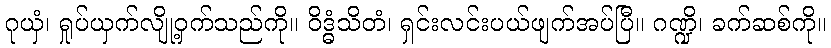
ဂုယှံ၊ ရှုပ်ယှက်လျို့ဝှက်သည်ကို။ ဝိဒ္ဓံသိတံ၊ ရှင်းလင်းပယ်ဖျက်အပ်ပြီ။ ဂဏ္ဍိ၊ ခက်ဆစ်ကို။